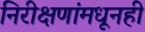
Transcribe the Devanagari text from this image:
निरीक्षणांमधूनही